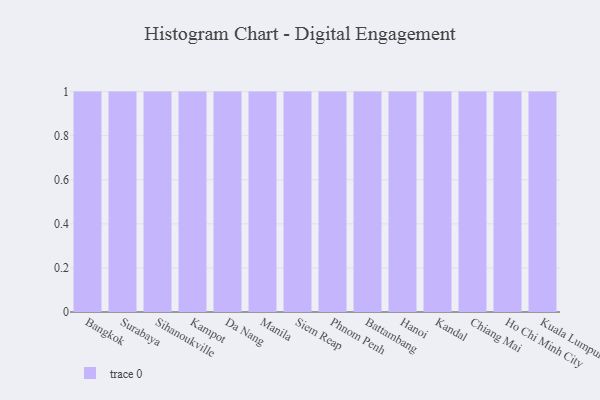
{"axis": {"x": "City", "y": "Gross Profit (USD K)"}, "legend": [""], "data": [{"x": "Bangkok", "y": 50, "type": ""}, {"x": "Surabaya", "y": 66, "type": ""}, {"x": "Sihanoukville", "y": 23, "type": ""}, {"x": "Kampot", "y": 57, "type": ""}, {"x": "Da Nang", "y": 31, "type": ""}, {"x": "Manila", "y": 76, "type": ""}, {"x": "Siem Reap", "y": 94, "type": ""}, {"x": "Phnom Penh", "y": 54, "type": ""}, {"x": "Battambang", "y": 80, "type": ""}, {"x": "Hanoi", "y": 71, "type": ""}, {"x": "Kandal", "y": 7, "type": ""}, {"x": "Chiang Mai", "y": 77, "type": ""}, {"x": "Ho Chi Minh City", "y": 64, "type": ""}, {"x": "Kuala Lumpur", "y": 70, "type": ""}]}